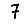
Digit: 7